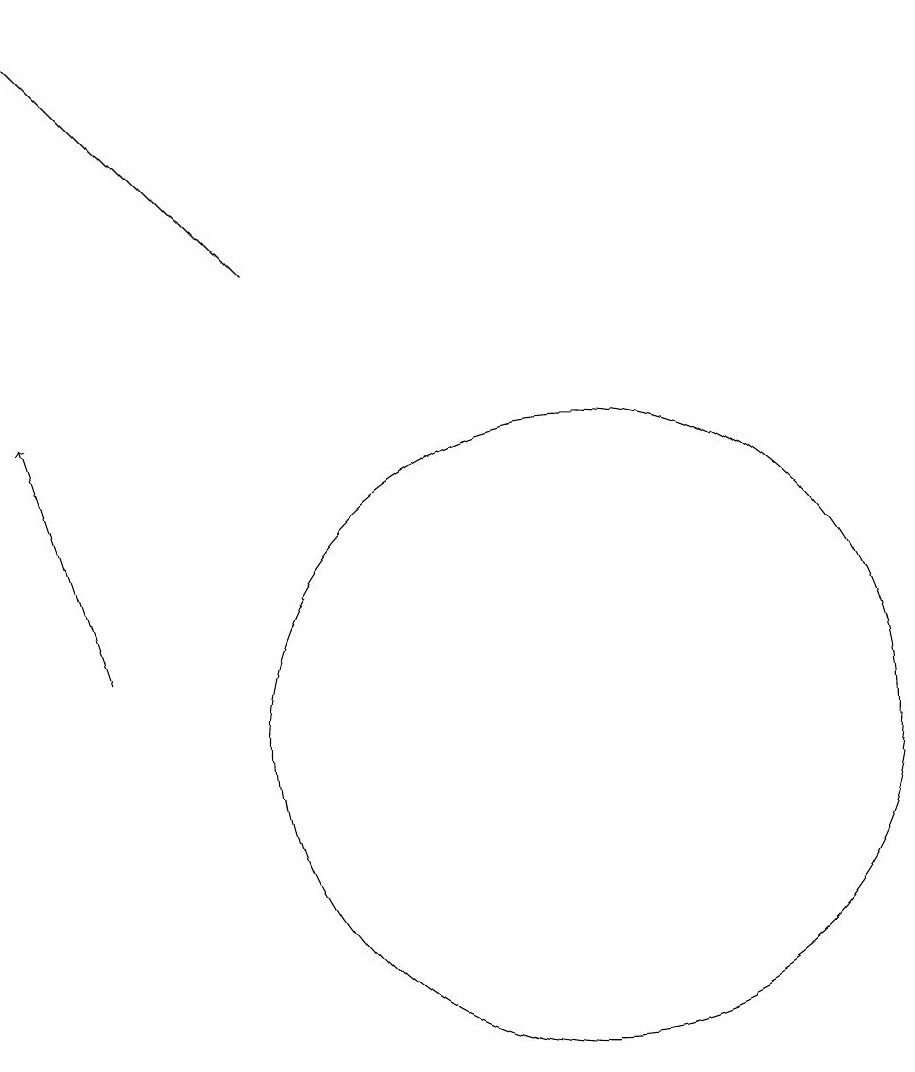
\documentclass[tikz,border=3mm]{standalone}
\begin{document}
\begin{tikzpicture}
\draw[->] (6,11) -- (5,14);
\draw[->] (8,16) -- (5,19);
\draw (12,10) circle (4);
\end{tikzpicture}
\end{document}